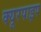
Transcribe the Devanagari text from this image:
क्‍यूरपाइप